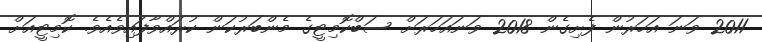
2011 ވަނަ އަހަރުން ފެށިގެން 2018 ވަނައަހަރަށް ސަބްކޮމިޓީގެ މެންބަރުކަން ކުރައްވާފައިވެއެވެ. ކޮމިޓީއަށް